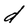
Character: d